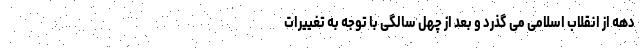
دهه از انقلاب اسلامی می گذرد و بعد از چهل سالگی با توجه به تغییرات